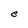
Character: e